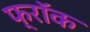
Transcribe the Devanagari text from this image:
फ्राॅक